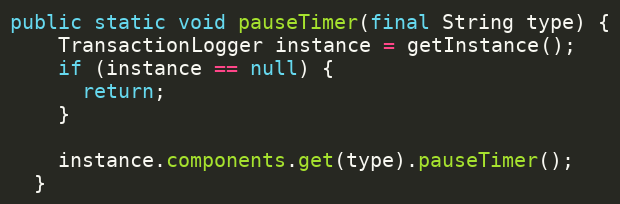
Language: Java
public static void pauseTimer(final String type) {
    TransactionLogger instance = getInstance();
    if (instance == null) {
      return;
    }

    instance.components.get(type).pauseTimer();
  }